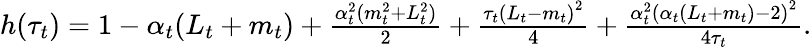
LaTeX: \begin{array}{r}{h(\tau_{t})=1-\alpha_{t}(L_{t}+m_{t})+\frac{\alpha_{t}^{2}(m_{t}^{2}+L_{t}^{2})}{2}+\frac{\tau_{t}\left(L_{t}-m_{t}\right)^{2}}{4}+\frac{\alpha_{t}^{2}\left(\alpha_{t}\left(L_{t}+m_{t}\right)-2\right)^{2}}{4\tau_{t}}.}\end{array}